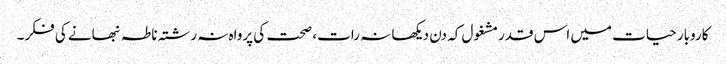
کاروبار حیات میں اس قدرمشغول کہ دن دیکھا نہ رات، صحت کی پرواہ نہ رشتہ ناطہ نبھانے کی فکر۔